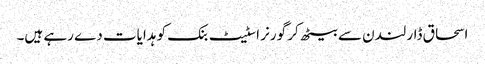
اسحاق ڈار لندن سے بیٹھ کر گورنر اسٹیٹ بنک کو ہدایات دے رہے ہیں۔